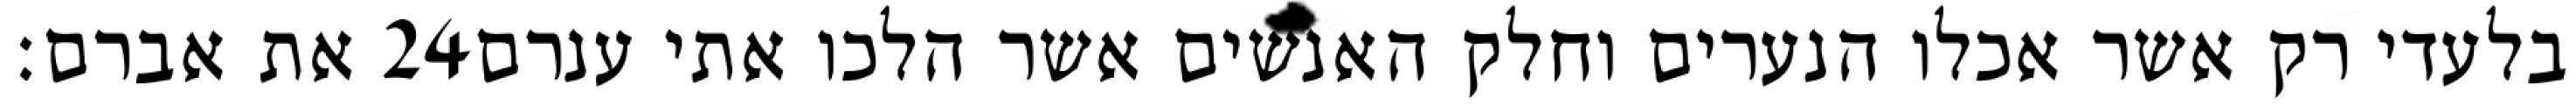
את אברם׃ ‎24‏ בלעדי רק אשר אכלו הנערים וחלק האנשים אשר הלכו אתי ענרם